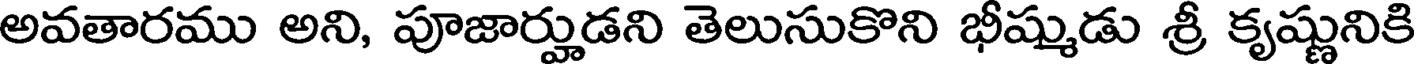
అవతారము అని, పూజార్హుడని తెలుసుకొని భీష్ముడు శ్రీ కృష్ణునికి